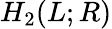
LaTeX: H_{2}(L;R)